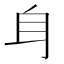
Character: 𨈑